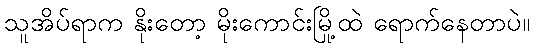
သူအိပ်ရာက နိုးတော့ မိုးကောင်းမြို့ထဲ ရောက်နေတာပဲ။